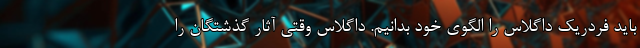
باید فردریک داگلاس را الگوی خود بدانیم. داگلاس وقتی آثار گذشتگان را